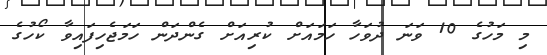
މި މަހުގެ 10 ވަނަ ދުވަހާ ހަމައަށް ކުރިއަށް ގެންދަން ހަމަޖެހިފައިވާ ކޯހުގެ